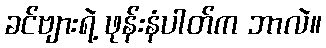
ခင်ဗျားရဲ့ ဖုန်းနံပါတ်က ဘာလဲ။